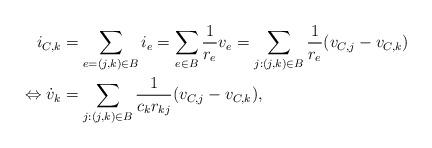
LaTeX: \begin{align*}i_{C,k}&=\sum_{e=(j,k)\in B}i_e= \sum_{e\in B} \frac{1}{r_{e}}v_e=\sum_{j:(j,k)\in B} \frac{1}{r_{e}}(v_{C,j}-v_{C,k}) \\\Leftrightarrow \dot{v}_k&=\sum_{j:(j,k)\in B} \frac{1}{c_k r_{kj}}(v_{C,j}-v_{C,k}),\end{align*}